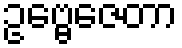
ဥဗ္ဗေဇေတာ